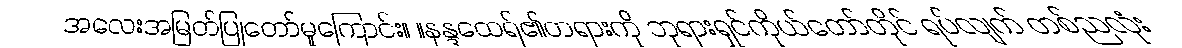
အလေးအမြတ်ပြုတော်မူကြောင်း။ ။နန္ဒထေရ်၏တရားကို ဘုရားရှင်ကိုယ်တော်တိုင် ရပ်လျက် တစ်ညလုံး